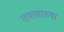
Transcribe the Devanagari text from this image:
तपासाच्या